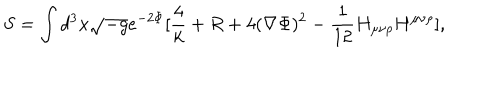
LaTeX: S = \int d ^ { 3 } x \sqrt { - g } e ^ { - 2 \Phi } [ \frac { 4 } { k } + R + 4 ( \nabla \Phi ) ^ { 2 } - \frac { 1 } { 1 2 } H _ { \mu \nu \rho } H ^ { \mu \nu \rho } ] ,